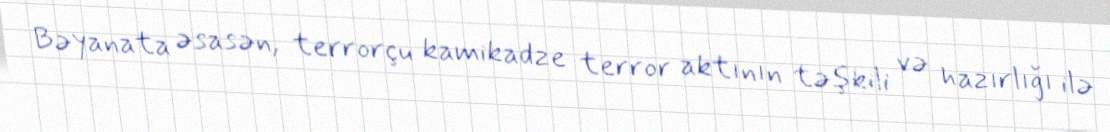
Bəyanata əsasən, terrorçu kamikadze terror aktının təşkili və hazırlığı ilə